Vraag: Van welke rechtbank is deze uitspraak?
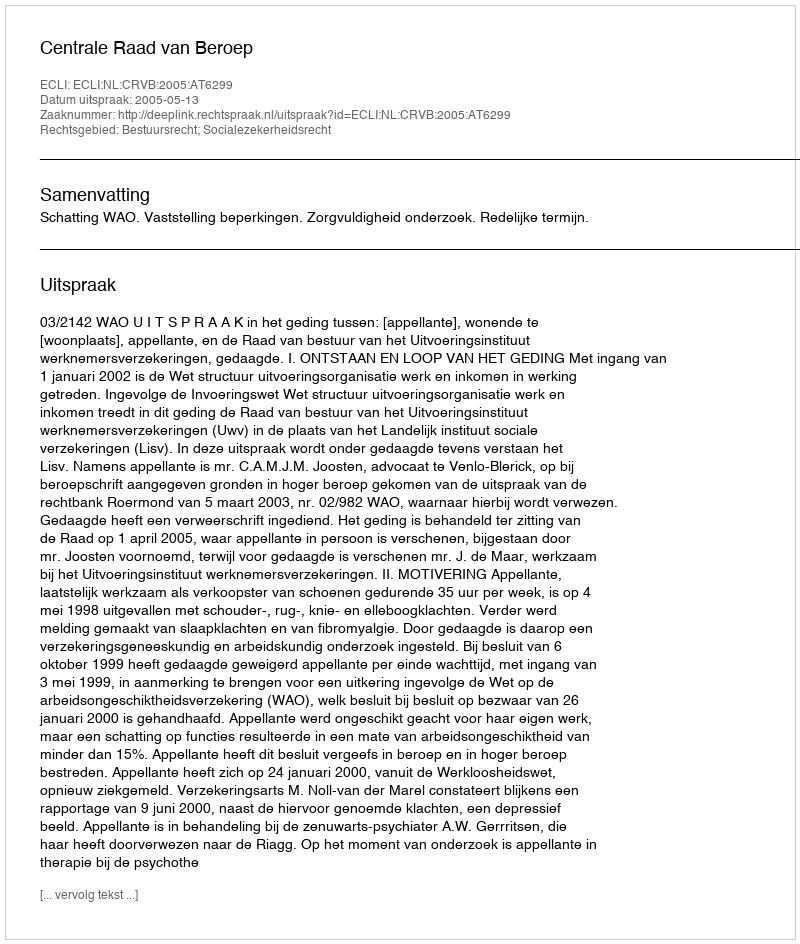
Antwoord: Centrale Raad van Beroep